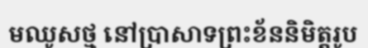
មឈូសថ្ម នៅប្រាសាទព្រះខ័ននិមិត្តរូប